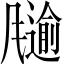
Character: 𲋋